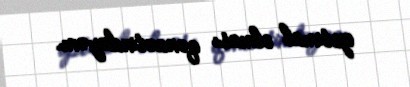
optimal olması qənaətindəyəm.